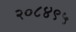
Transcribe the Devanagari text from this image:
२०८४९५